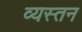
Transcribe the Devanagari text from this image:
व्यस्तन